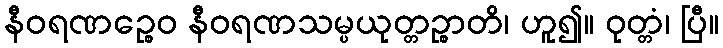
နီဝရဏဉ္စေဝ နီဝရဏသမ္ပယုတ္တဉ္စာတိ၊ ဟူ၍။ ဝုတ္တံ၊ ပြီ။